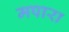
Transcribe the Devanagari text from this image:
मपारा